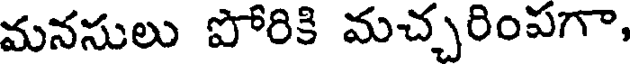
మనసులు పోరికి మచ్చరింపగా,